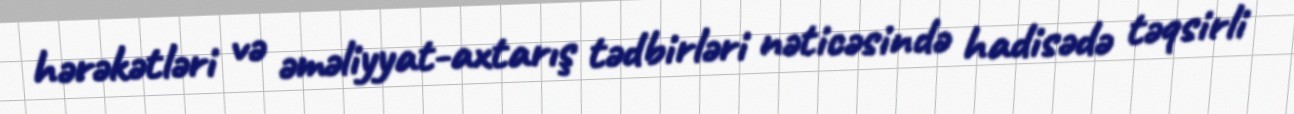
hərəkətləri və əməliyyat-axtarış tədbirləri nəticəsində hadisədə təqsirli